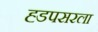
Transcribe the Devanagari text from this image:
ह्डपसरला